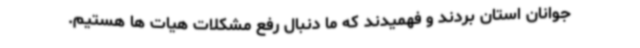
جوانان استان بردند و فهمیدند که ما دنبال رفع مشکلات هیات ها هستیم.